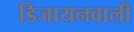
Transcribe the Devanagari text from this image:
डिजायनवाली